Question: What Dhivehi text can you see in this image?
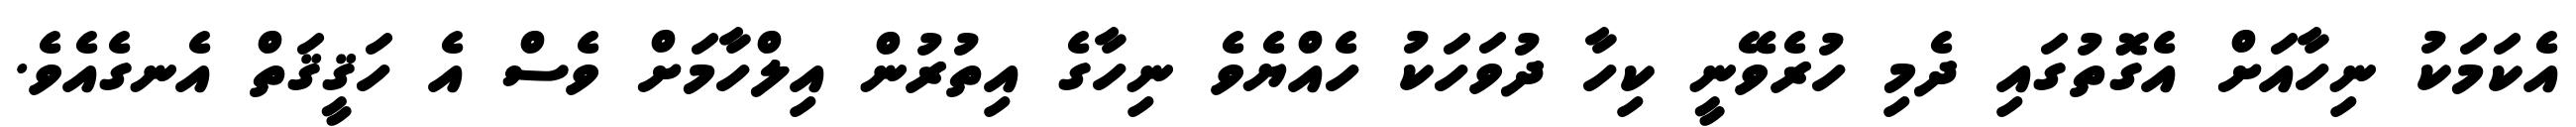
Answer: އެކަމަކު ނިހާއަށް އެގޮތުގައި ދެމި ހުރެވޭނީ ކިހާ ދުވަހަކު ހެއްޔެވެ ނިހާގެ އިތުރުން އިލްހާމަށް ވެސް އެ ހަޤީޤަތް އެނގެއެވެ.